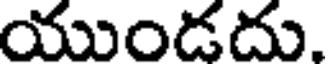
యుండదు.